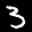
Label: 3